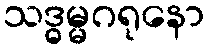
သဒ္ဓမ္မဂရုနော